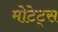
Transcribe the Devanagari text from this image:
मोटेट्स